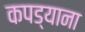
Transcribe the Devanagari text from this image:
कपड्याना